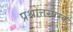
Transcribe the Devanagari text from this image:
प्रश्नोत्तरपरक